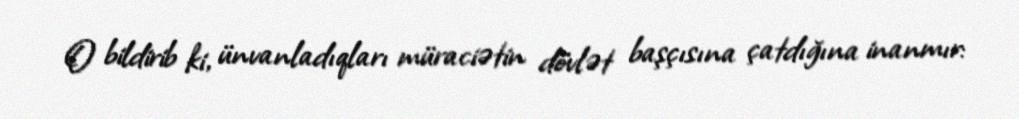
O bildirib ki, ünvanladıqları müraciətin dövlət başçısına çatdığına inanmır: